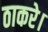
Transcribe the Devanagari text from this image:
ठाकरे।